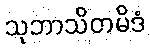
သုဘာသိတမိဒံ